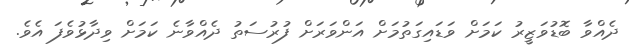
ދެއްވާ ބޮޑުވަޒީރު ކަމަށް ވަޑައިގަތުމަށް އަންވަރަށް ފުރުސަތު ދެއްވާނެ ކަމަށް ވިދާޅުވެފަ އެވެ.